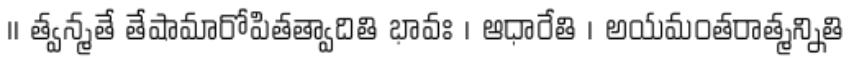
।। త్వన్మతే తేషామారోపితత్వాదితి భావః । ఆధారేతి । అయమంతరాత్మన్నితి